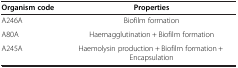
| Organism code | Properties |
 | --- | --- |
 | A246A | Biofilm formation |
 | A80A | Haemagglutination + Biofilm formation |
 | A245A | Haemolysin production + Biofilm formation + Encapsulation |